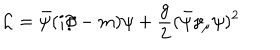
LaTeX: { \cal L } = \bar { \psi } ( i \partial \! \! \! / - m ) \psi + \frac { g } { 2 } ( \bar { \psi } \gamma _ { \mu } \psi ) ^ { 2 }